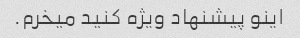
اینو پیشنهاد ویژه کنید میخرم.